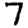
Digit: 7